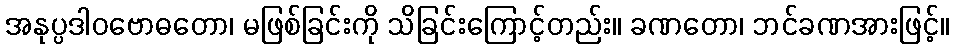
အနုပ္ပဒါဝဗောဓတော၊ မဖြစ်ခြင်းကို သိခြင်းကြောင့်တည်း။ ခဏတော၊ ဘင်ခဏအားဖြင့်။